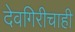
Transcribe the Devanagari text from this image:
देवगिरीचाही